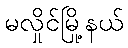
မလှိုင်မြို့နယ်